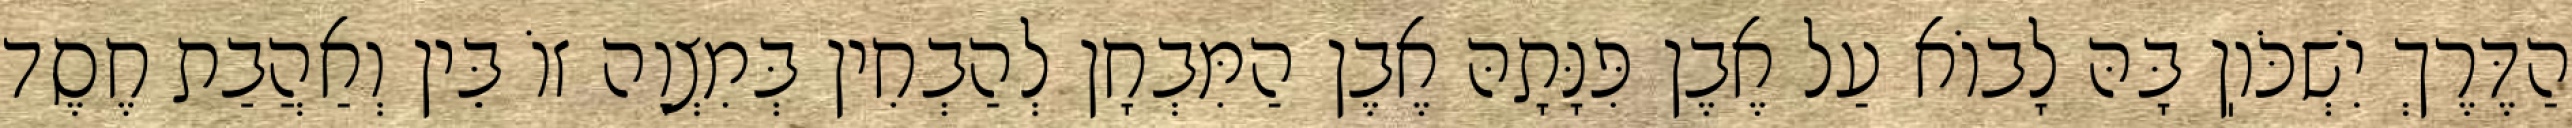
הַדֶּרֶךְ יִשְׁכֹּוֽן בָּהּ לָבוֹא עַל אֶבֶן פִּנָּתָהּ אֶבֶן הַמִּבְחָן לְהַבְחִין בְּמִצְוָה זוֹ בֵּין וְאַהֲבַת חֶסֶד